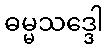
ဓမ္မသဒ္ဒေါ